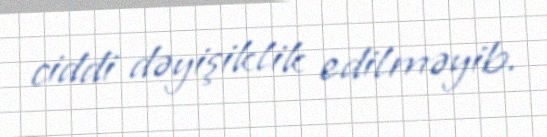
ciddi dəyişiklik edilməyib.